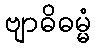
ဗျာဓိဓမ္မံ